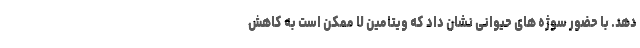
دهد. با حضور سوژه های حیوانی نشان داد که ویتامین U ممکن است به کاهش